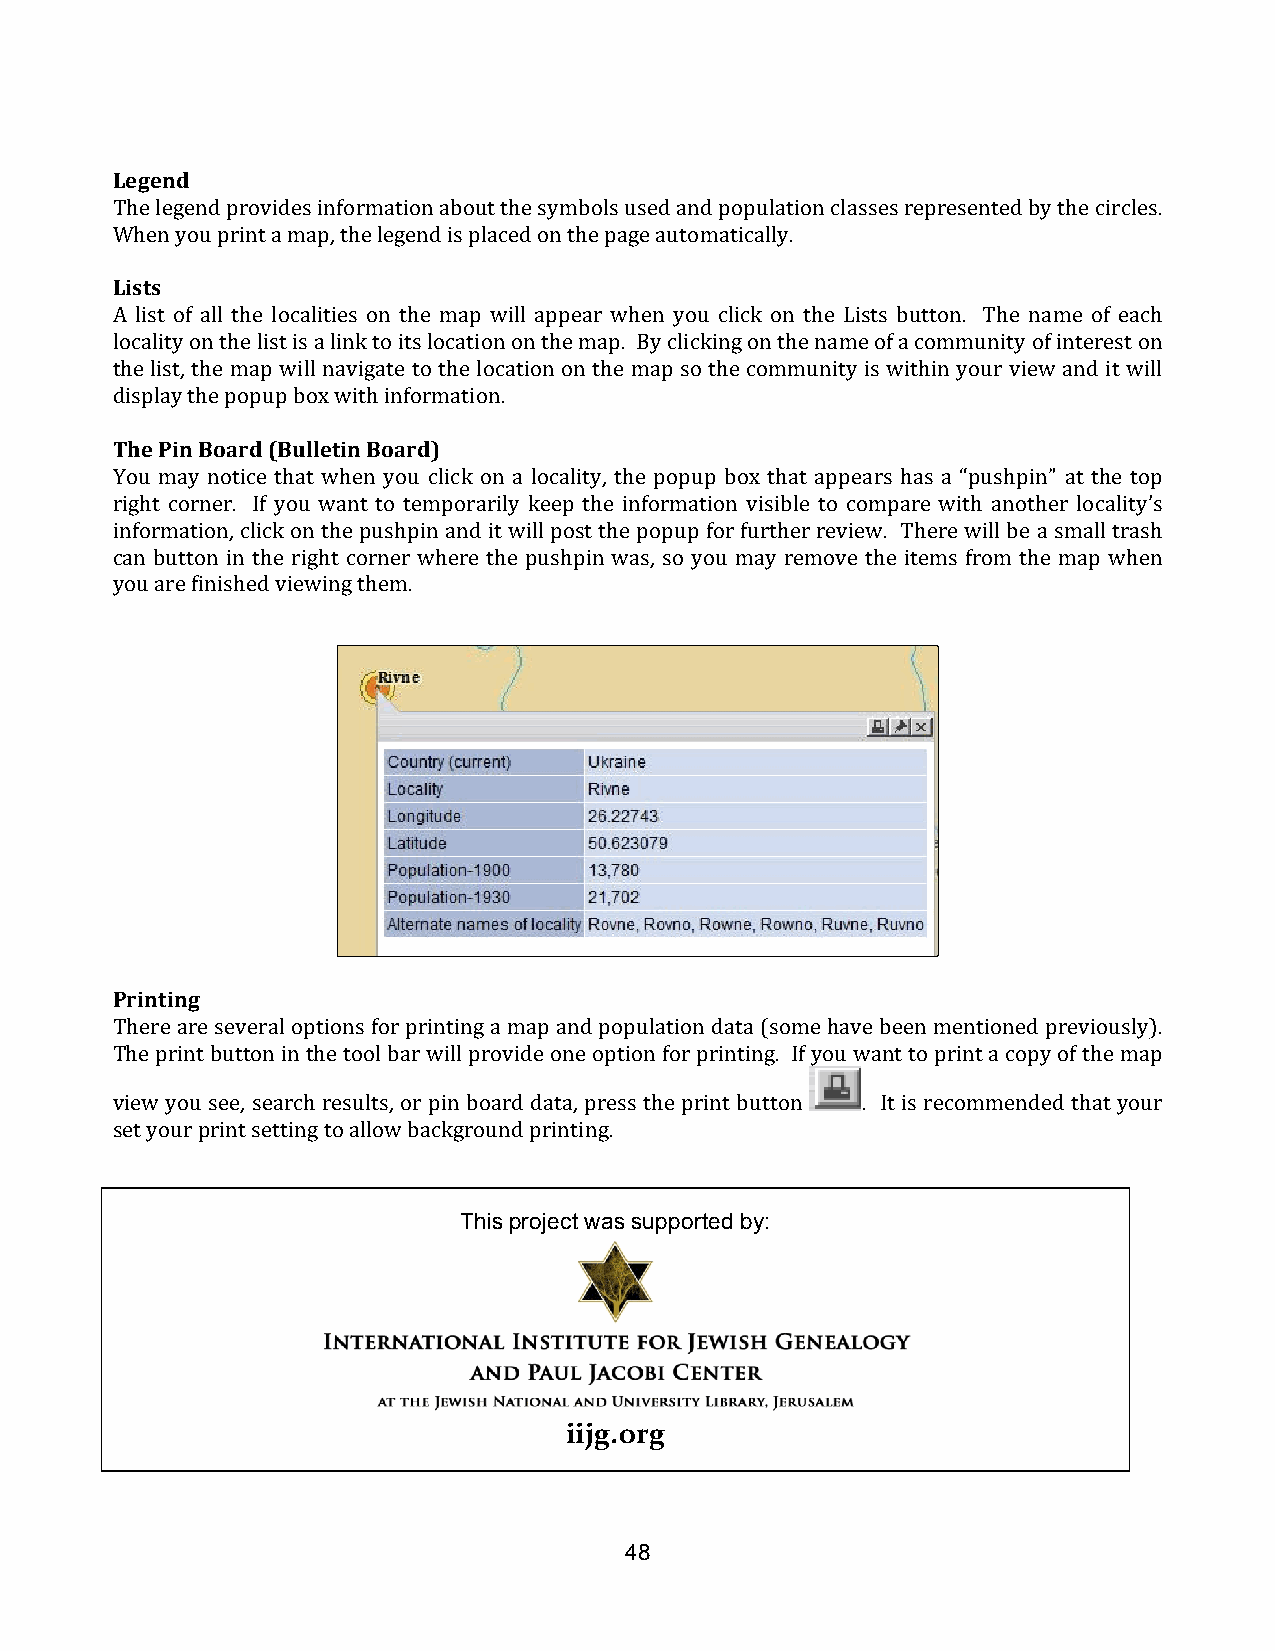
Legend
 The legend provides information about the symbols used and population classes represented by the circles.
 When you print a map, the legend is placed on the page automatically.
 Lists
 A list of all the localities on the map will appear when you click on the Lists button. The name of each
 locality on the list is a link to its location on the map. By clicking on the name of a community of interest on
 the list, the map will navigate to the location on the map so the community is within your view and it will
 display the popup box with information.
 The Pin Board (Bulletin Board)
 You may notice that when you click on a locality, the popup box that appears has a “pushpin” at the top
 right corner. If you want to temporarily keep the information visible to compare with another locality’s
 information, click on the pushpin and it will post the popup for further review. There will be a small trash
 can button in the right corner where the pushpin was, so you may remove the items from the map when
 you are finished viewing them.
 Printing
 There are several options for printing a map and population data (some have been mentioned previously).
 The print button in the tool bar will provide one option for printing. If you want to print a copy of the map
 view you see, search results, or pin board data, press the print button . It is recommended that your
 set your print setting to allow background printing.
 This project was supported by:
 iijg.org
 48